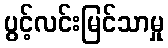
ပွင့်လင်းမြင်သာမှု